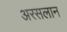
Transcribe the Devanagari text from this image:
अरसलान